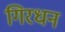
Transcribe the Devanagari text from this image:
गिरधन